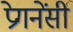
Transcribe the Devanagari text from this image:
प्रेगनेंसी